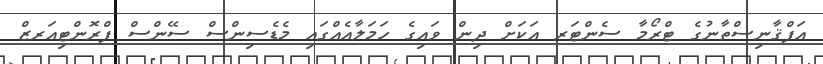
އަފްޤާނިސްތާނުގެ ޓްރޯމާ ސެންޓަރ އަކަށް ދިން ވައިގެ ހަމަލާއެއްގައި މެޑެސިންސް ސޭންސް ފްރޮންޓިއަރޒް